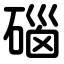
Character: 碯